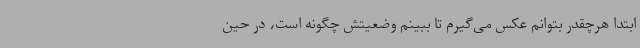
ابتدا هرچقدر بتوانم عکس می‌گیرم تا ببینم وضعیتش چگونه است، در حین